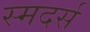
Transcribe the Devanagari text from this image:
स्मदर्स